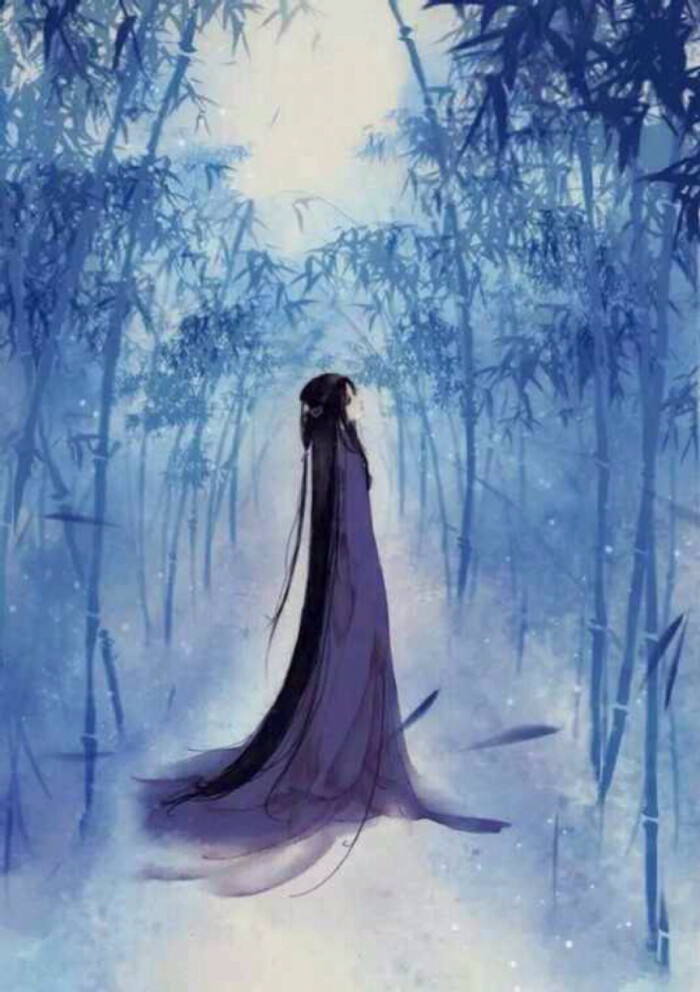
无言暗将红泪弹。阑珊，香销轻梦还。